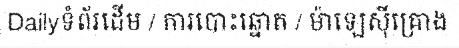
Dailyទំព័រដើម / ការបោះឆ្នោត / ម៉ាឡេស៊ីគ្រោង